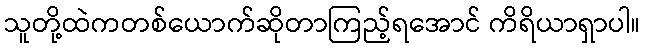
သူတို့ထဲကတစ်ယောက်ဆိုတာကြည့်ရအောင် ကိရိယာရှာပါ။